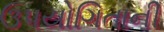
ઉપયોગિતાની